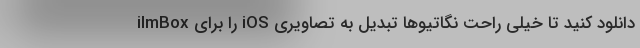
ilmBox را برای iOS دانلود کنید تا خیلی راحت نگاتیوها تبدیل به تصاویری